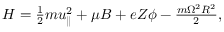
\begin{array} { r } { H = \frac { 1 } { 2 } m u _ { \parallel } ^ { 2 } + \mu B + e Z \phi - \frac { m \Omega ^ { 2 } R ^ { 2 } } { 2 } , } \end{array}